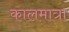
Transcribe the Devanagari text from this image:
कालमात्रा